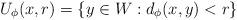
LaTeX: \begin{align*}U_\phi(x,r)=\{y\in W : d_\phi(x,y)<r\}\end{align*}